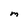
Character: M